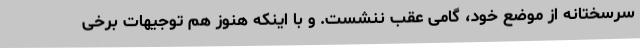
سرسختانه از موضع خود، گامی عقب ننشست. و با اینکه هنوز هم توجیهات برخی